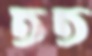
তত